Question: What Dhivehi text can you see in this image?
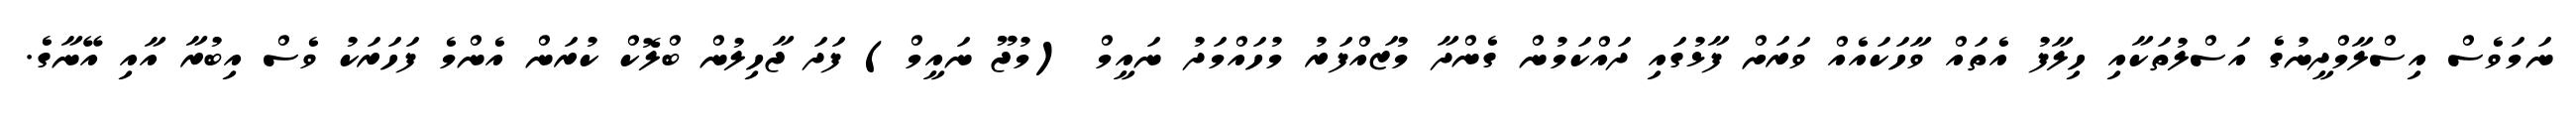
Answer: ނަމަވެސް އިސްލާމްދީނުގެ އަސްލުތަކާއި ހިލާފު އެތައް ވާހަކައެއް ވަރަށް ފާޅުގައި ދައްކަމުން ގެންދާ މުޒައްފަރު މުހައްމަދު ނައީމް (މުޖޫ ނައީމް) ފަދަ ޖާހިލުން ބްލޮކް ކުރަން އެންމެ ފަހަރަކު ވެސް އިބުރާ އާއި އޭނާގެ.